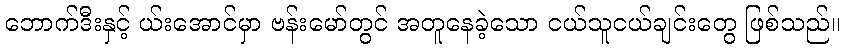
ဘောက်ဒီးနှင့် ယ်းအောင်မှာ ဗန်းမော်တွင် အတူနေခဲ့သော ငယ်သူငယ်ချင်းတွေ ဖြစ်သည်။